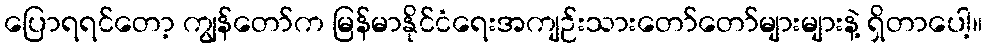
ပြောရရင်တော့ ကျွန်တော်က မြန်မာနိုင်ငံရေးအကျဉ်းသားတော်တော်များများနဲ့ ရှိတာပေါ့။